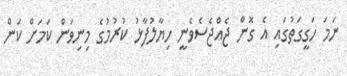
ނަމަ ހަގީގަތުގައި އެ ގޮން ޖެއްޖެސެވެނީ ހިޔާލުފާޅު ކުރުމުގެ މިނިވަން ކަމަށް ކަން